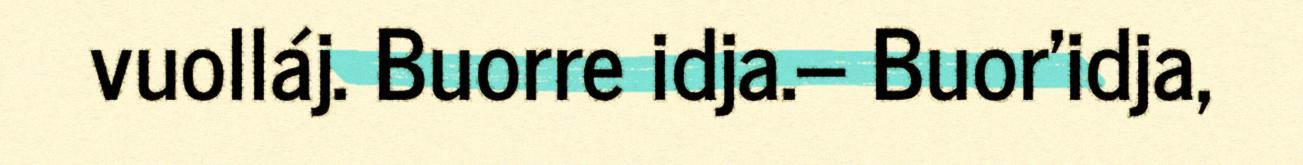
vuolláj. Buorre idja.– Buor'idja,